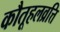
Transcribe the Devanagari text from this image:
कौतूहलव्रत्ति